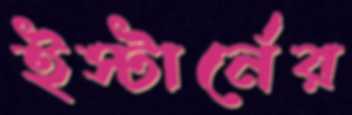
ইস্টার্নের